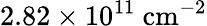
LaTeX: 2.82\times 10^{11}~\mathrm{{cm}^{-2}}